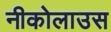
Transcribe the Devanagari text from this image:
नीकोलाउस